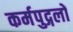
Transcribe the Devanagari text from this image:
कर्मपुद्गलों